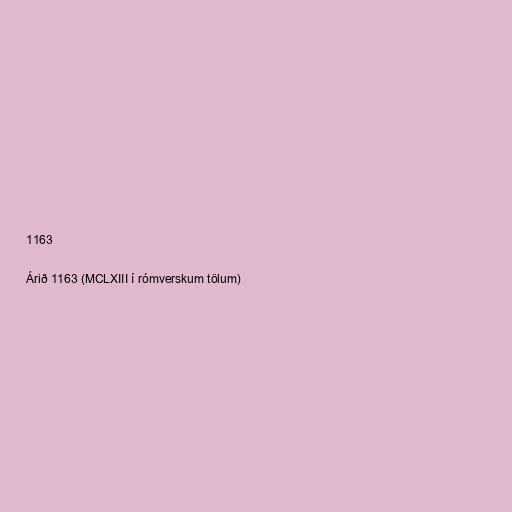
1163

Árið 1163 (MCLXIII í rómverskum tölum)